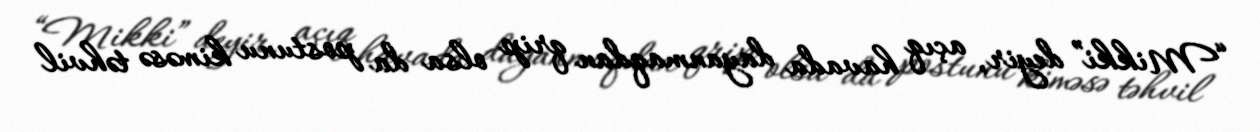
“Mikki” deyir, açıq havada dayanmaqdan qrip olsa da postunu kiməsə təhvil